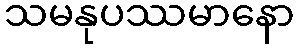
သမနုပဿမာနော